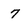
Character: 7